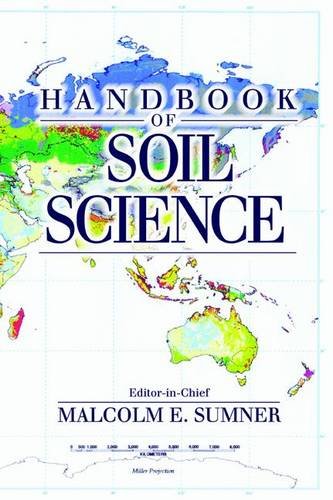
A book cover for Handbook of Soil Science; Science & Math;